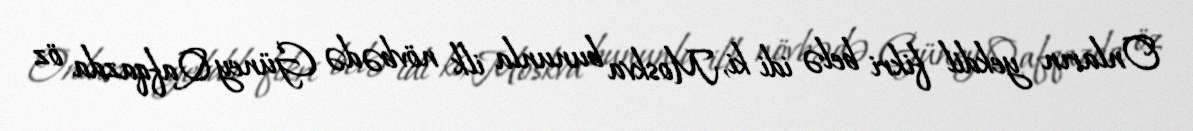
Onların yekdil fikri belə idi ki, Moskva bununla ilk növbədə Güney Qafqazda öz